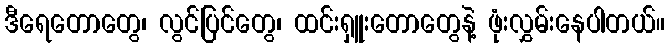
ဒီရေတောတွေ၊ လွင်ပြင်တွေ၊ ထင်းရှူးတောတွေနဲ့ ဖုံးလွှမ်းနေပါတယ်။